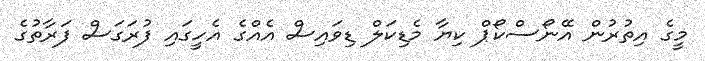
މީގެ އިތުރުން އޭނޯސްކޯޕް ކިޔާ މެޑިކަލް ޑިވައިސް އެއްގެ އެހީގައި ފުރަގަސް ފަރާތުގެ